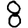
Digit: 8